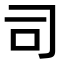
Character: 司